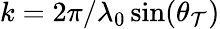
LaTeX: k=2\pi/\lambda_{0}\sin(\theta_{\mathcal{T}})